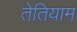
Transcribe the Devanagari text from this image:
तेतियाम